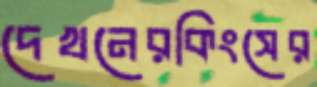
দেখনেরকিংসের